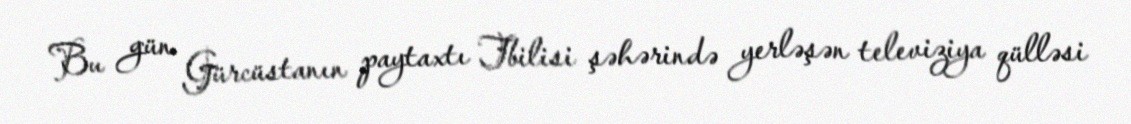
Bu gün Gürcüstanın paytaxtı Tbilisi şəhərində yerləşən televiziya qülləsi